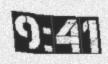
9:41